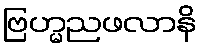
ဗြဟ္မညဖလာနိ